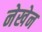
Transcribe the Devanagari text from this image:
नेखेन